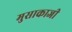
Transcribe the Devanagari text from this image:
मुसाकाजी